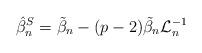
LaTeX: \begin{align*}\hat{\beta}_n^{S}=\tilde{\beta}_n -(p-2)\tilde{\beta}_n \mathcal{L}_n^{-1}\end{align*}